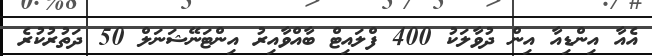
އެއާ އިންޑިއާ އިން ދުވާލަކު 400 ފްލައިޓް ބާއްވާއިރު އިންޓަނޭޝަނަލް 50 ދަތުރުކުރެ